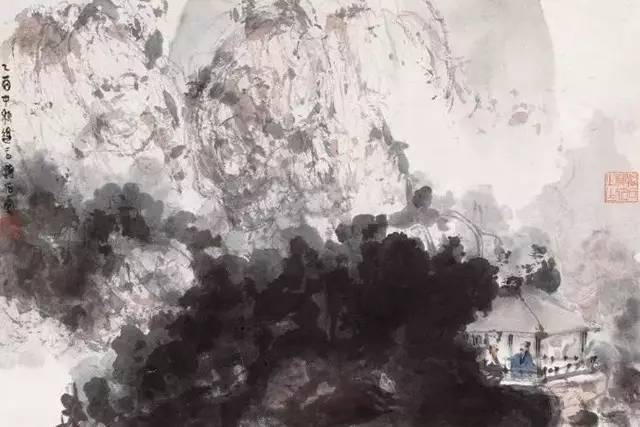
礼者，断长续短，损有余，益不足，达爱敬之文，而滋成行义之美也。